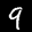
Label: 9